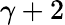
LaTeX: \gamma+2